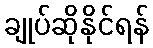
ချုပ်ဆိုနိုင်ရန်